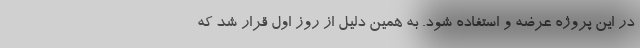
در این پروژه عرضه و استفاده شود. به همین دلیل از روز اول قرار شد که